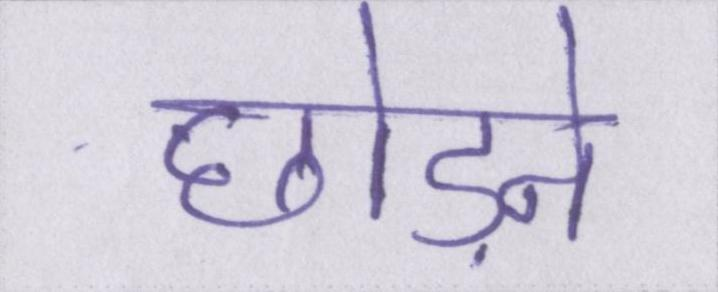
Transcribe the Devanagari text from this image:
छोड़ने